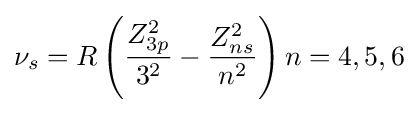
\nu _{s}=R\left({\frac {Z_{3p}^{2}}{3^{2}}}-{\frac {Z_{ns}^{2}}{n^{2}}}\right)n=4,5,6